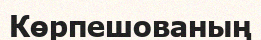
Көрпешованың